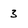
Character: 3